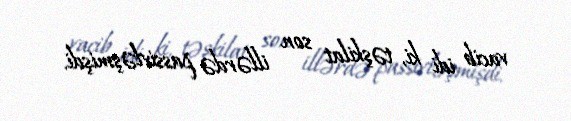
vacib idi ki, təşkilat son illərdə passivləşmişdi.